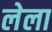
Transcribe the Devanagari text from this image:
लेला